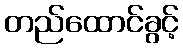
တည်ထောင်ခွင့်